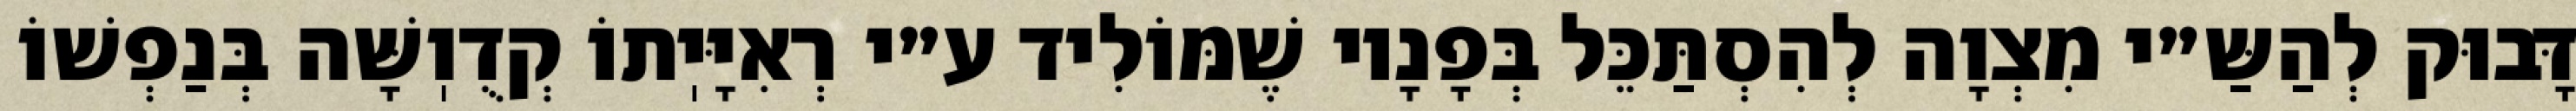
דָּבוּק לְהַשַּ״י מִצְוָה לְהִסְתַּכֵּל בְּפָנָיו שֶׁמּוֹלִיד ע״י רְאִיָּיֽתוֹ קְדֻוֽשָּׁה בְּנַפְשׁוֹ